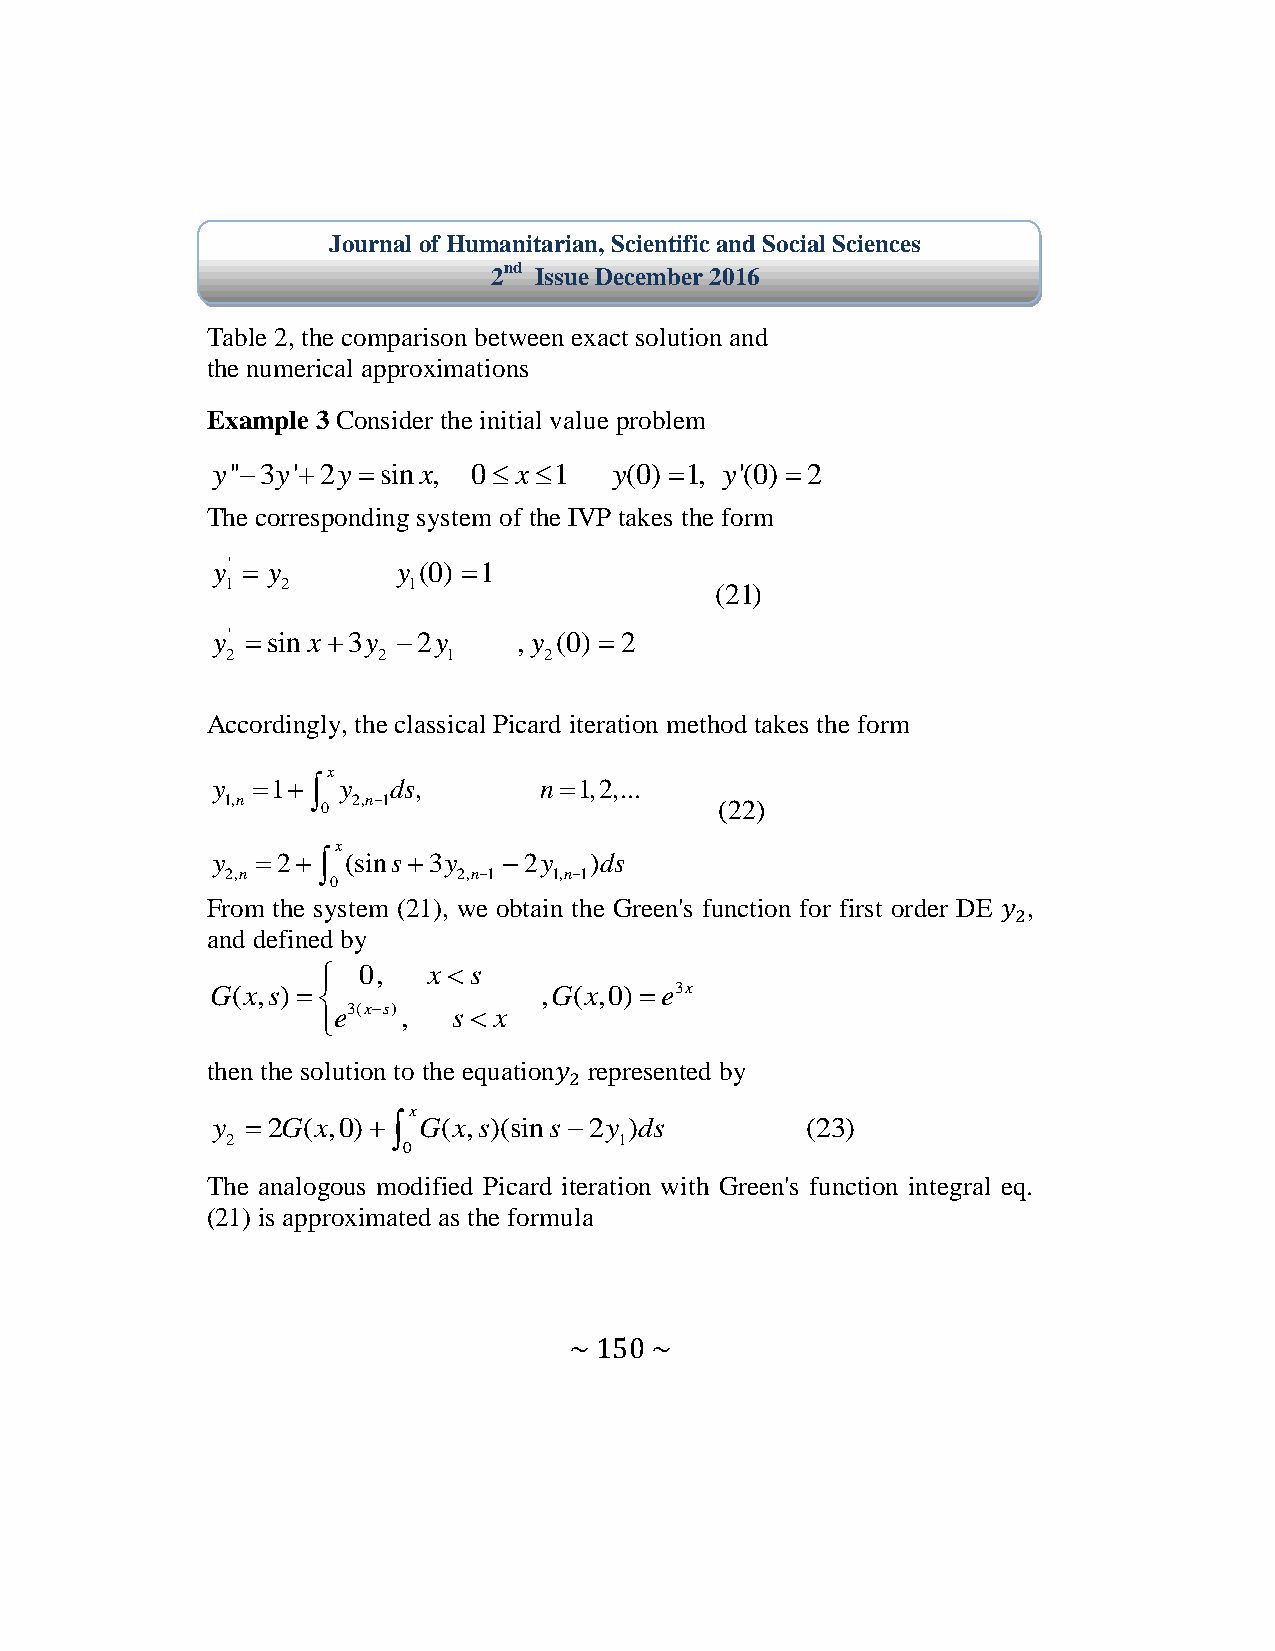
Journal of Humanitarian, Scientific and Social Sciences
 2nd Issue December 2016
 Table 2, the comparison between exact solution and
 the numerical approximations
 Example 3 Consider the initial value problem
 y''3y'2y sinx, 0 x1   y(0)1, y'(0)2
 The corresponding system of the IVP takes the form
 y'  y      y (0) 1
 1   2       1                   (21)
 y' sin x3y 2y    , y (0)  2
 2         2    1     2
 Accordingly, the classical Picard iteration method takes the form
 x
 y  1  y  ds,       n1,2,...
 1,n   0 2,n1                    (22)
 x
 y  2  (sins 3y 2y   )ds
 2,n            2,n1  1,n1
 0
 From the system (21), we obtain the Green's function for first order DE ,
 and defined by
   0,  x s
 G(x,s)              ,G(x,0) e3x
 e3(xs), s  x
 
 then the solution to the equation represented by
 x
 y  2G(x,0) G(x,s)(sins2y )ds       (23)
 2                         1
 0
 The analogous modified Picard iteration with Green's function integral eq.
 (21) is approximated as the formula
 ~ 150 ~